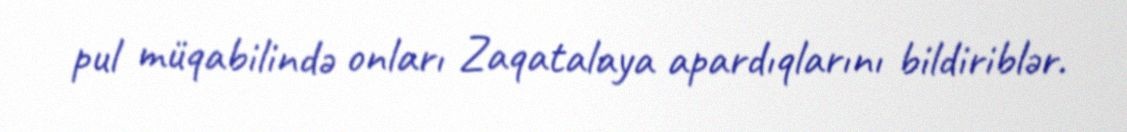
pul müqabilində onları Zaqatalaya apardıqlarını bildiriblər.